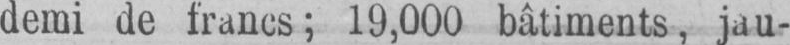
demi de francs; 19,000 bâtiments, jau-